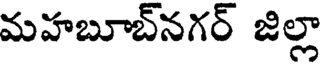
మహబూబ్నగర్ జిల్లా